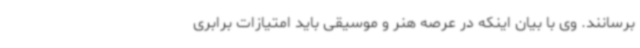
برسانند. وی با بیان اینکه در عرصه هنر و موسیقی باید امتیازات برابری